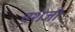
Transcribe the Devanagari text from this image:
वशंजो